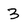
Character: 3